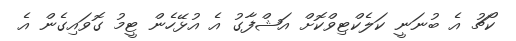
ކޯޗު އެ ބުނަނީ ކަލެކްޓިވްކޮށް އަޝްފާގު އެ އުޅޭހެން ޓީމު ގޮވައިގެން އެ